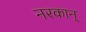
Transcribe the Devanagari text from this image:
नरकान्